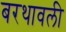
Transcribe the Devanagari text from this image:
बरथावली